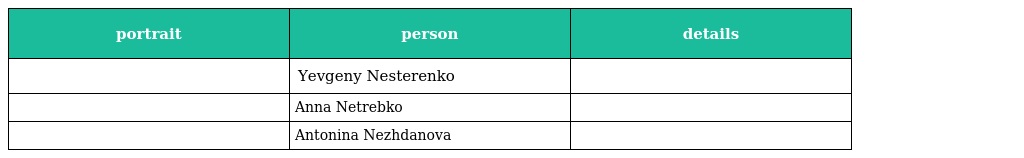
| portrait | person | details |
 | --- | --- | --- |
 |  | Yevgeny Nesterenko |  |
 |  | Anna Netrebko |  |
 |  | Antonina Nezhdanova |  |